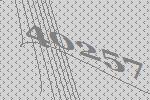
40257